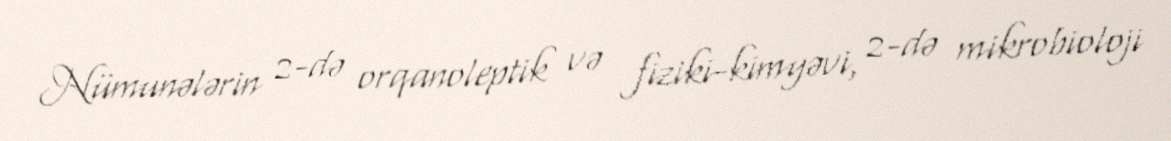
Nümunələrin 2-də orqanoleptik və fiziki-kimyəvi, 2-də mikrobioloji